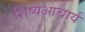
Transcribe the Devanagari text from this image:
शिष्यआचार्य